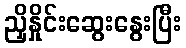
ညှိနှိုင်းဆွေးနွေးပြီး